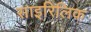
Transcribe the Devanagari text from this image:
साइरिलिक